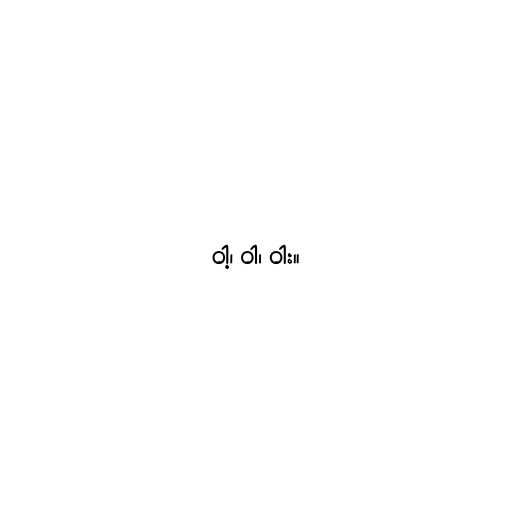
ဝါ့၊ ဝါ၊ ဝါး။